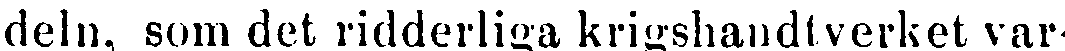
deln, som det ridderliga krigshandtverket var-